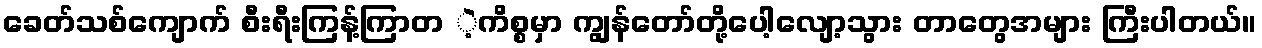
ခေတ်သစ်ကျောက် စီးရီးကြန့်ကြာတ ဲ့ကိစ္စမှာ ကျွန်တော်တို့ပေါ့လျော့သွား တာတွေအများ ကြီးပါတယ်။